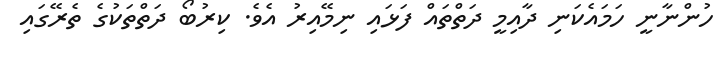
ހުންނާނީ ހަމައެކަނި ދާއިމީ ދަތްތައް ފަޅައި ނިމޭއިރު އެވެ. ކިރުބޯ ދަތްތަކުގެ ތެރޭގައި